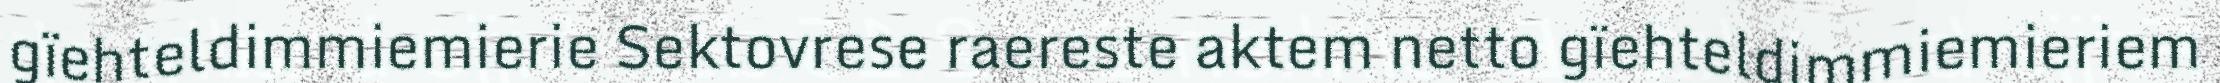
gïehteldimmiemierie Sektovrese raereste aktem netto gïehteldimmiemieriem